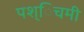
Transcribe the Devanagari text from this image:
पश्िचमी